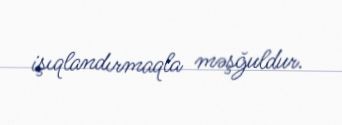
işıqlandırmaqla məşğuldur.